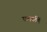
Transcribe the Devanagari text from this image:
वनपर्वमें